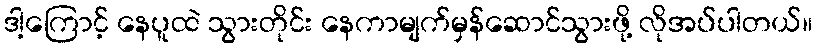
ဒါ့ကြောင့် နေပူထဲ သွားတိုင်း နေကာမျက်မှန်ဆောင်သွားဖို့ လိုအပ်ပါတယ်။